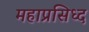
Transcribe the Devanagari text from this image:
महाप्रसिध्द